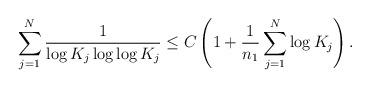
LaTeX: \begin{align*}\sum_{j=1}^{N}\frac{1}{\log K_{j}\log\log K_{j}}\le C\left(1+\frac{1}{n_{1}}\sum_{j=1}^{N}\log K_{j}\right).\end{align*}